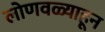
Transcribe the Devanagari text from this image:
लोणवळ्याहून